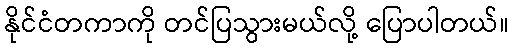
နိုင်ငံတကာကို တင်ပြသွားမယ်လို့ ပြောပါတယ်။